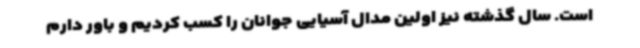
است. سال گذشته نیز اولین مدال آسیایی جوانان را کسب کردیم و باور دارم